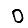
Digit: 0